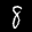
Label: 8